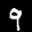
Label: 9